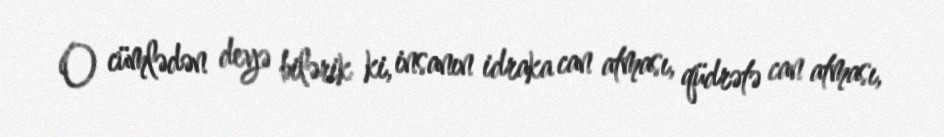
O cümlədən deyə bilərik ki, insanın idraka can atması, qüdrətə can atması,